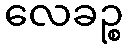
လေခဉ္စ